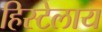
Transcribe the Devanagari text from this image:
हिस्टेलाय